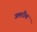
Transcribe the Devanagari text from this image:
उलरीच